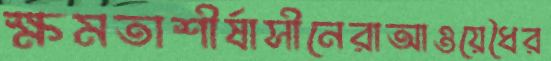
ক্ষমতাশীর্ষাসীনেরাআওয়েধৈর